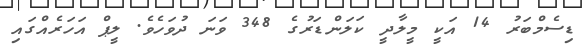
ޑިސެމްބަރު 14 އަކީ މީލާދީ ކަލަންޑަރުގެ 348 ވަނަ ދުވަހެވެ. ލީޕް އަހަރެއްގައި